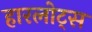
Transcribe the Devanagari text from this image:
हारलोट्स